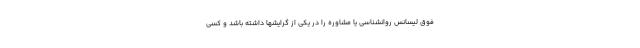
فوق لیسانس روانشناسی یا مشاوره را در یکی از گرایشها داشته باشد و کسی